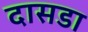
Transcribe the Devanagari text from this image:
दासडा